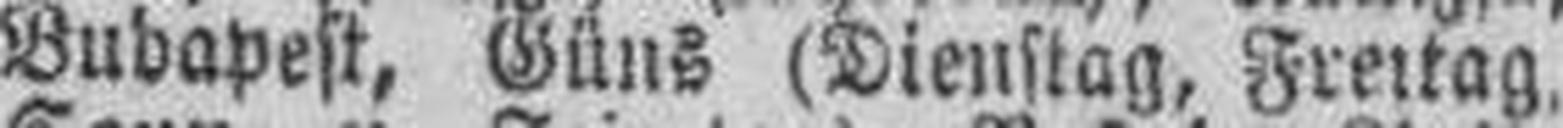
Budapest, Güns (Dienstag, Freitag,